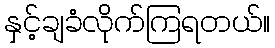
နှင့်ချခံလိုက်ကြရတယ်။